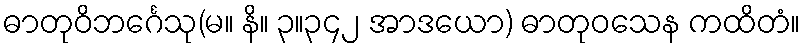
ဓာတုဝိဘင်္ဂေသု(မ။ နိ။ ၃။၃၄၂ အာဒယော) ဓာတုဝသေန ကထိတံ။